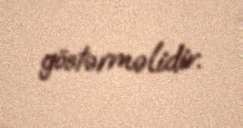
göstərməlidir.